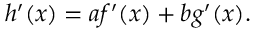
h ^ { \prime } ( x ) = a f ^ { \prime } ( x ) + b g ^ { \prime } ( x ) .